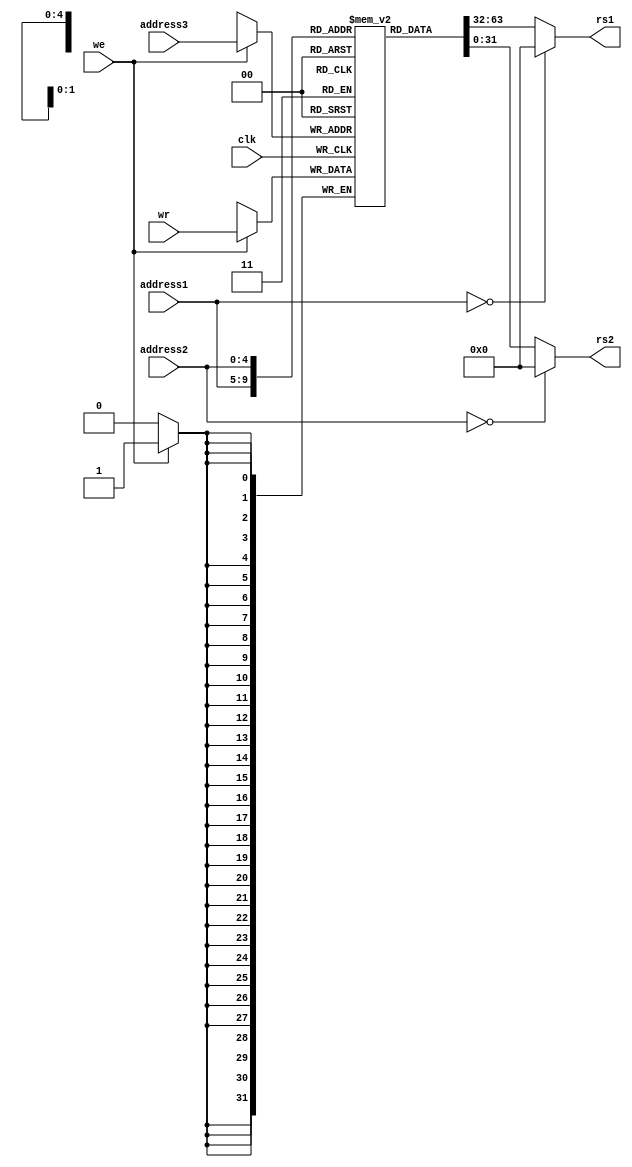
`timescale 1ns / 1ps

module register(address1, address2, address3, rs1, rs2, wr, we, clk);
input [4:0] address1, address2, address3;
input clk;
input we;
input [31:0] wr;
output [31:0] rs1, rs2;

reg [31:0] data[0:31];

always @(posedge clk) begin
    if(we)
        data[address3] <= wr;
end

assign rs1 = (address1 == 5'b00000) ? 0 : data[address1];
assign rs2 = (address2 == 5'b00000) ? 0 : data[address2];

endmodule